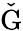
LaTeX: \check{\mathrm{G}}